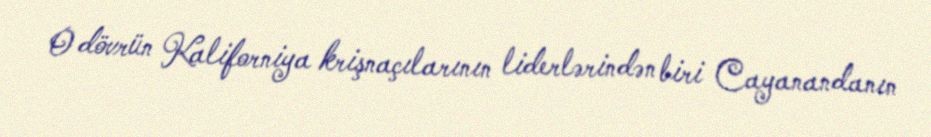
O dövrün Kaliforniya krişnaçılarının liderlərindən biri Cayanandanın